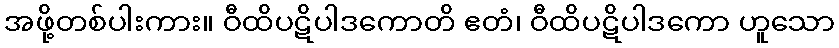
အဖို့တစ်ပါးကား။ ဝီထိပဋိပါဒကောတိ ဧတံ၊ ဝီထိပဋိပါဒကော ဟူသော